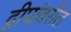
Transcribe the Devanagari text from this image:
द्वीपांवरील